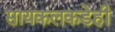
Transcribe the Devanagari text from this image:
सायकलकडेही